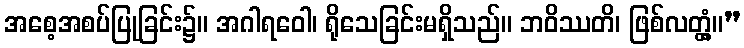
အစေ့အစပ်ပြုခြင်း၌။ အဂါရဝေါ၊ ရိုသေခြင်းမရှိသည်။ ဘဝိဿတိ၊ ဖြစ်လတ္တံ့။”